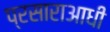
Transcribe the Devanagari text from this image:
प्रसाराआधी